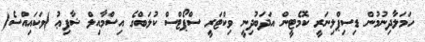
ހަމަލާދިނުމުން ޑިސިޕްލިނަރީ ކޮމެޓީން އަދަބުދިނީ ވިކްޓަރީ ސްޕޯޓްސް ކުލަބްގެ އިސްމާއިލް ޝާފިޢު )ވަކައިއްސެ(